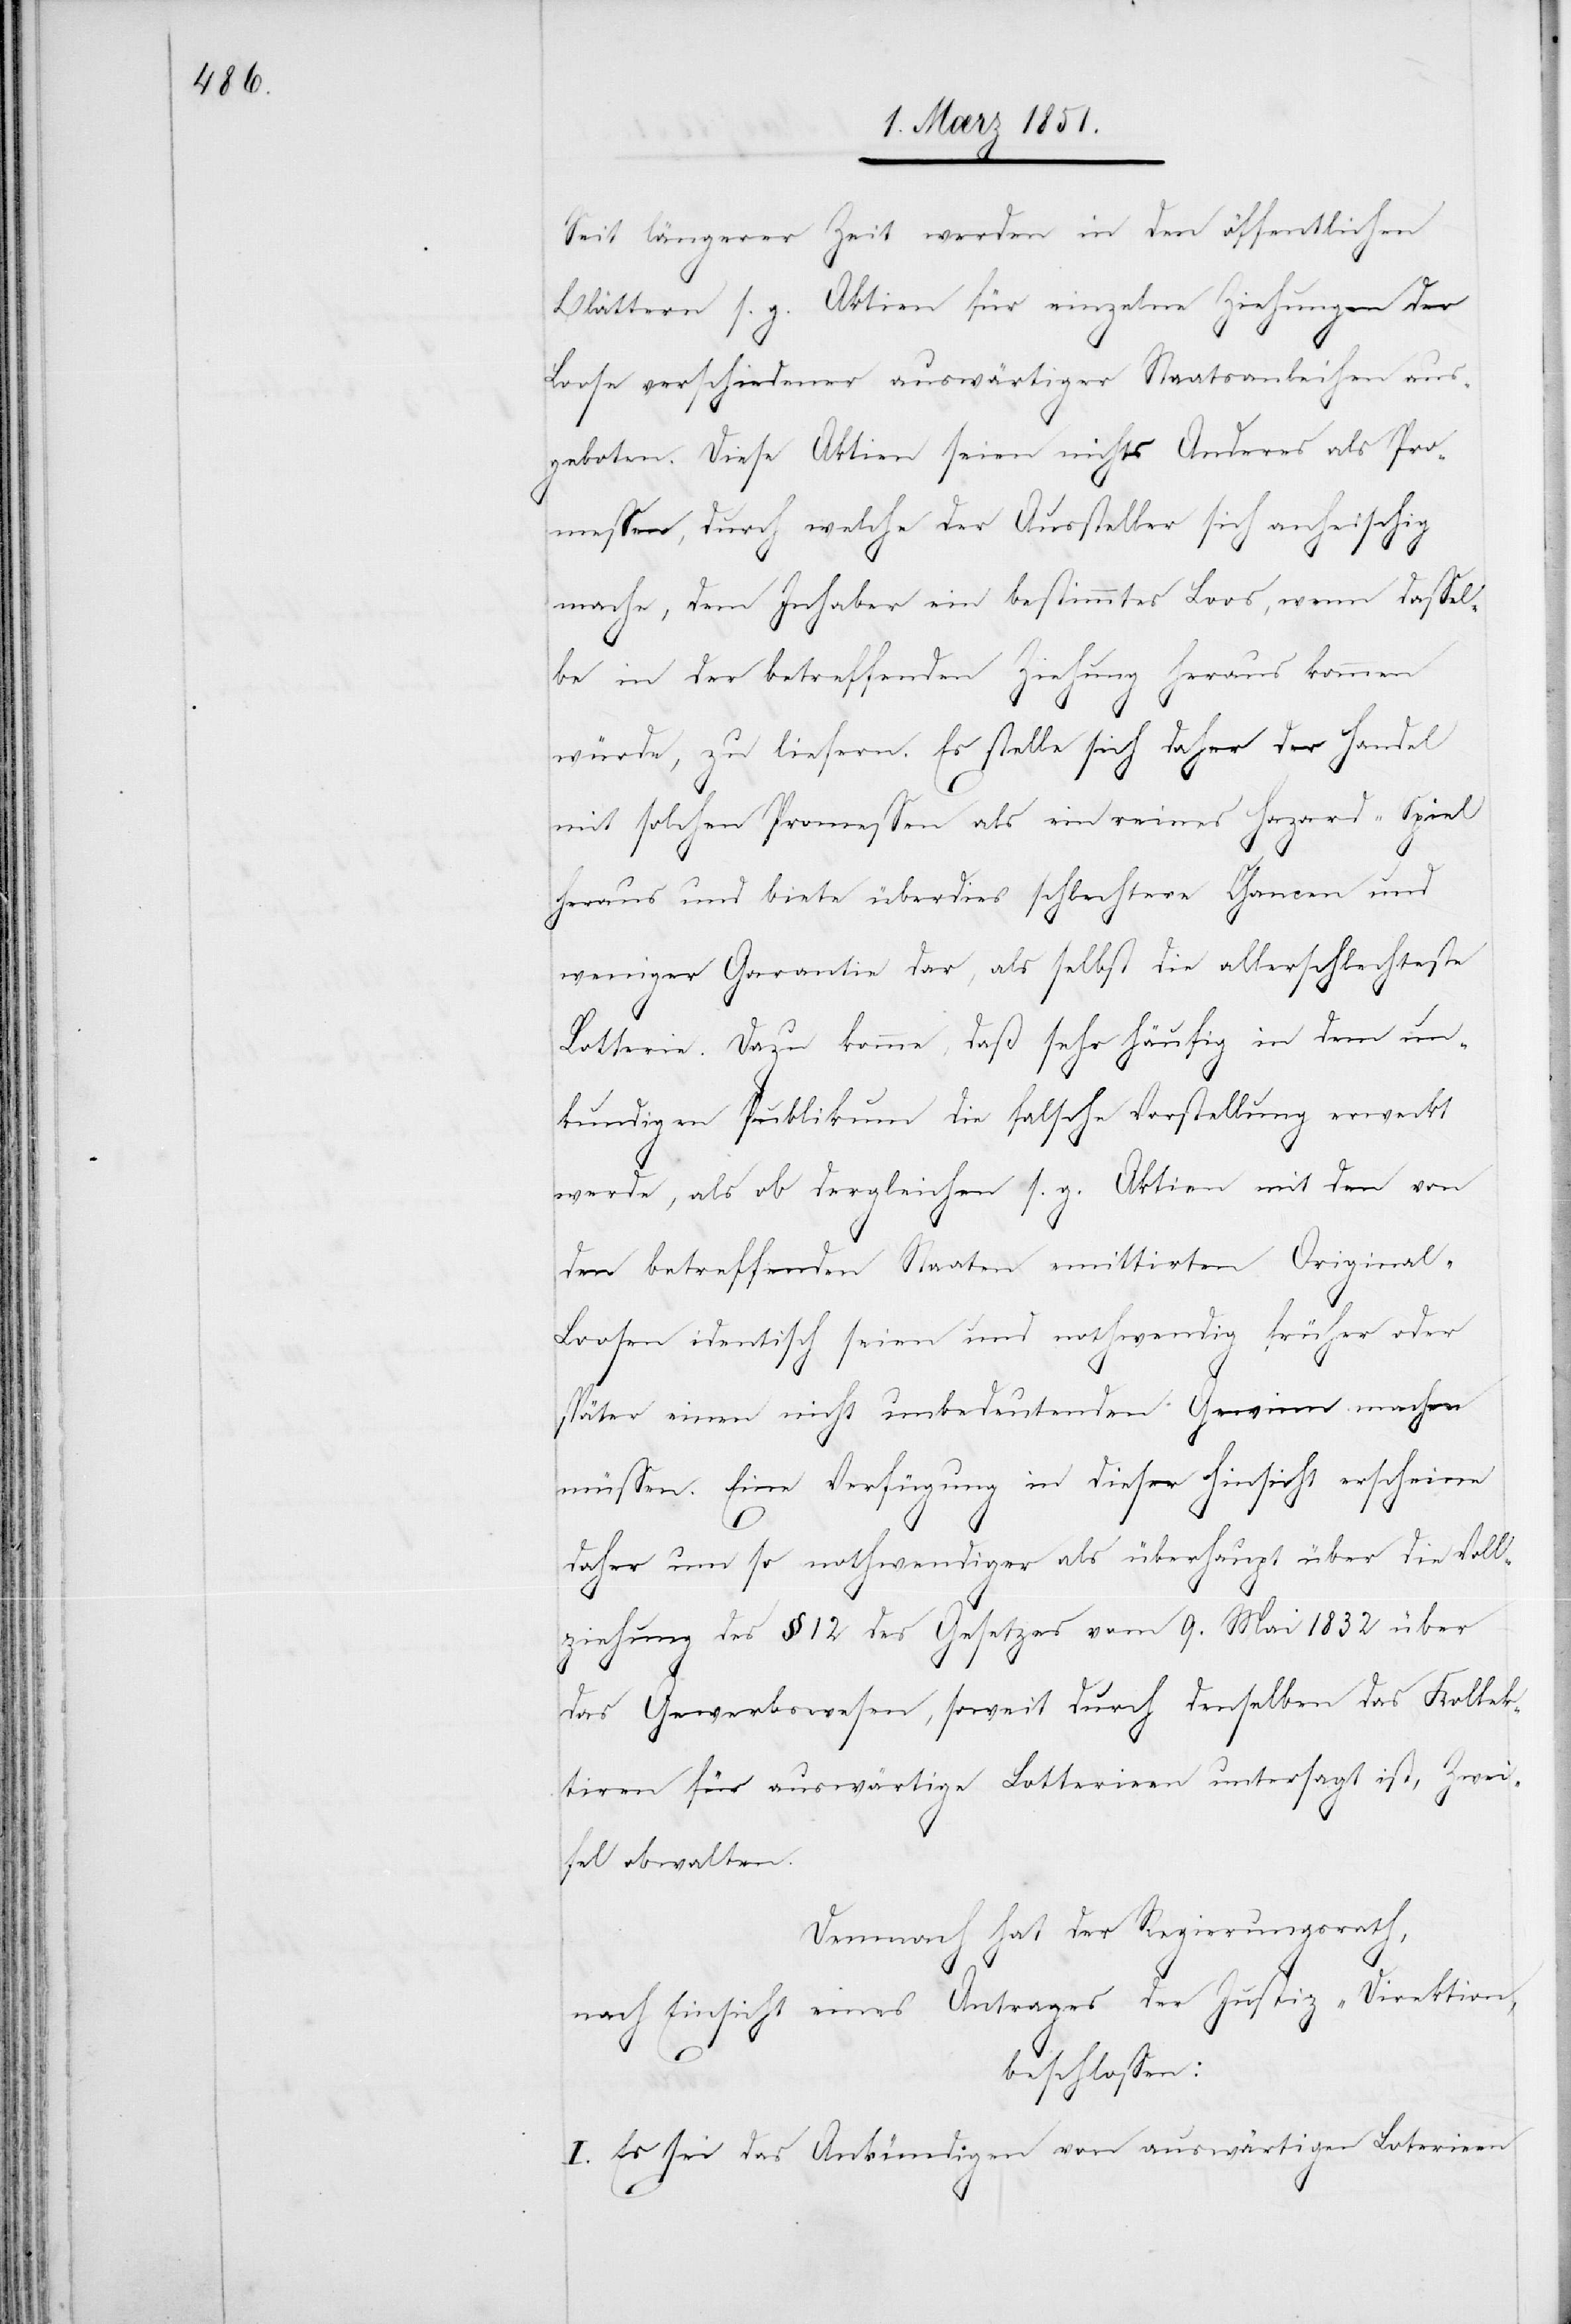
Seit längerer Zeit werden in den öffentlichen
Blättern s. g. Aktien für einzelne Ziehungen der
Loose verschiedener auswärtiger Staatsanleihen aus¬
geboten. Diese Aktien seien nichts Anderes als Pro¬
messen, durch welche der Aussteller sich anheischig
mache, dem Inhaber ein bestimmtes Loos, wenn dassel¬
be in der betreffenden Ziehung heraus kommen
würde, zu liefern. Es stelle sich daher der Handel
mit solchen Promessen als ein reines Hazard-Spiel
heraus und biete überdies schlechtere Chancen und
weniger Garantie dar, als selbst die allerschlechteste
Lotterie. Dazu komme, daß sehr häufig in dem un¬
kundigen Publikum die falsche Vorstellung erweckt
werde, als ob dergleichen s. g. Aktien mit den von
den betreffenden Staaten emittirten Original-L¬
oosen identisch seien und nothwendig früher oder
später einen nicht unbedeutenden Gewinn machen
müssen. Eine Verfügung in dieser Hinsicht erscheine
daher um so nothwendiger als überhaupt über die Voll¬
ziehung des § 12 des Gesetzes vom 9. Mai 1832 über
das Gewerbswesen, soweit durch denselben das Kollek¬
tiren für auswärtige Lotterieen untersagt ist, Zwei¬
fel obwalten.
Demnach hat der Regierungsrath,
nach Einsicht eines Antrages der Justiz-Direktion,
beschlossen:
I. Es sei das Ankündigen von auswärtigen Lot[t]erieen